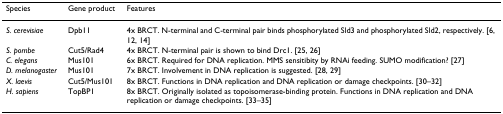
| Species | Gene product | Features |
 | --- | --- | --- |
 | S. cerevisiae | Dpb11 | 4x BRCT. N-terminal and C-terminal pair binds phosphorylated Sld3 and phosphorylated Sld2, respectively. [6, 12, 14] |
 | S. pombe | Cut5/Rad4 | 4x BRCT. N-terminal pair is shown to bind Drc1. [25, 26] |
 | C. elegans | Mus101 | 6x BRCT. Required for DNA replication. MMS sensitibity by RNAi feeding. SUMO modification? [27] |
 | D. melanogaster | Mus101 | 7x BRCT. Involvement in DNA replication is suggested. [28, 29] |
 | X. laevis | Cut5/Mus101 | 8x BRCT. Functions in DNA replication and DNA replication or damage checkpoints. [30–32] |
 | H. sapiens | TopBP1 | 8x BRCT. Originally isolated as topoisomerase-binding protein. Functions in DNA replication and DNA replication or damage checkpoints. [33–35] |